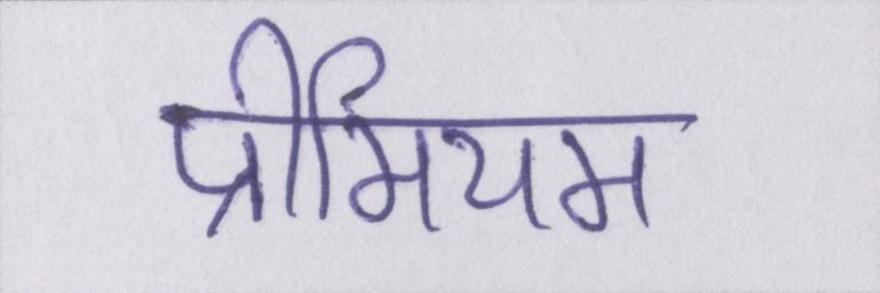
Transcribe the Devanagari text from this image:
प्रीमियम